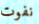
نفوت